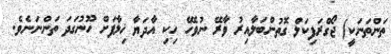
ތަންތަނަކީ) ޖޯގްރަފިކަލް ގޮތުންބަލާއިރު ވާރޭ ނުވެހޭ ހިކި އާދަޔާ ޚިލާފަށް ހޫނުގަދަ ތަންނަނެވެ.